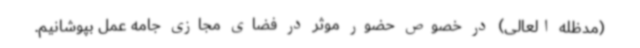
(مدظله العالی) در خصوص حضور موثر در فضای مجازی جامه عمل بپوشانیم.